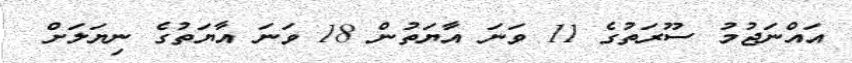
އައްނަޖުމު ސޫރަތުގެ 11 ވަނަ އާޔަތުން 18 ވަނަ އާޔަތުގެ ނިޔަލަށް